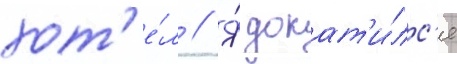
хот'е́л // Я́ докат'и́лс'я